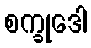
စက္ခုဒေါ